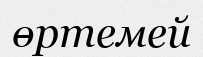
өртемей